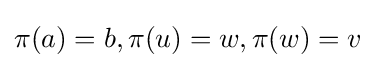
\pi (a)=b,\pi (u)=w,\pi (w)=v